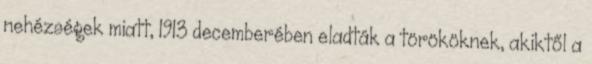
nehézségek miatt, 1913 decemberében eladták a törököknek, akiktől a